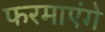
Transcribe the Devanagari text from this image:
फरमाएंगे